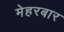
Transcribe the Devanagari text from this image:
मेहरबार